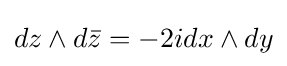
dz\wedge d{\bar {z}}=-2idx\wedge dy